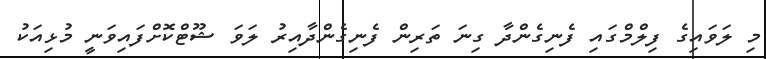
މި ލަވައިގެ ފިލްމްގައި ފެނިގެންދާ ގިނަ ތަރިން ފެނިގެންދާއިރު ލަވަ ޝޫޓްކޮށްފައިވަނީ މުޅިއަކު